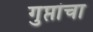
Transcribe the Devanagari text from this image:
गुप्तांचा